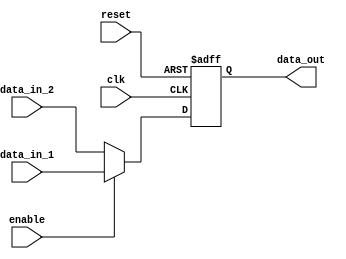
module bypass_register (
    input wire clk,
    input wire reset,
    input wire [31:0] data_in_1,
    input wire [31:0] data_in_2,
    input wire enable,
    output reg [31:0] data_out
);

reg [31:0] register;

always @(posedge clk or posedge reset) begin
    if (reset) begin
        register <= 32'h00000000;
    end else begin
        if (enable) begin
            register <= data_in_1;
        end else begin
            register <= data_in_2;
        end
    end
end

assign data_out = register;

endmodule